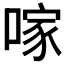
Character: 𠺢